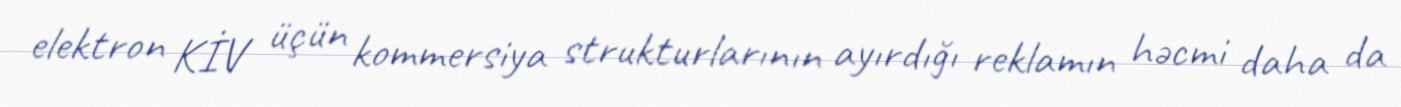
elektron KİV üçün kommersiya strukturlarının ayırdığı reklamın həcmi daha da